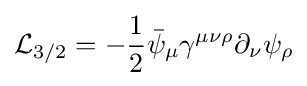
{\mathcal {L}}_{3/2}=-{\frac {1}{2}}{\bar {\psi }}_{\mu }\gamma ^{\mu \nu \rho }\partial _{\nu }\psi _{\rho }